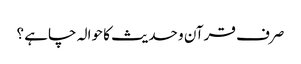
صرف قرآن و حدیث کا حوالہ چاہے ؟